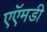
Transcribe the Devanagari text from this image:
एऍमडी